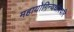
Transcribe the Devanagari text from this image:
महायोगिन्यधीश्वरि